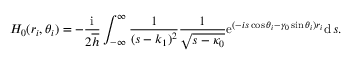
H _ { 0 } ( r _ { i } , \theta _ { i } ) = - \frac { \mathrm { i } } { 2 \overline { { h } } } \int _ { - \infty } ^ { \infty } \frac { 1 } { ( s - k _ { 1 } ) ^ { 2 } } \frac { 1 } { \sqrt { s - \kappa _ { 0 } } } \mathrm { e } ^ { ( - i s \cos \theta _ { i } - \gamma _ { 0 } \sin \theta _ { i } ) r _ { i } } \mathrm { d } \, s .